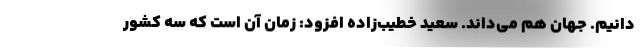
دانیم. جهان هم می‌داند. سعید خطیب‌زاده افزود: زمان آن است که سه کشور